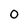
Character: o